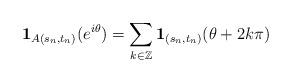
LaTeX: \begin{gather*}\mathbf{1}_{A(s_n,t_n)}(e^{i \theta})= \sum_{k \in \mathbb{Z}} \mathbf{1}_{(s_n,t_n)}(\theta+2k \pi) \end{gather*}